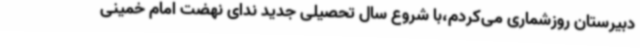
دبیرستان روزشماری می‌کردم،با شروع سال تحصیلی جدید ندای نهضت امام خمینی